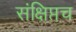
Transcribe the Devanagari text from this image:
संक्षिप्तच